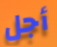
أجل